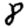
Digit: 8